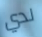
لدي